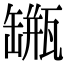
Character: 𦉐